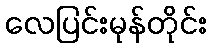
လေပြင်းမုန်တိုင်း